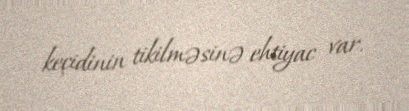
keçidinin tikilməsinə ehtiyac var.